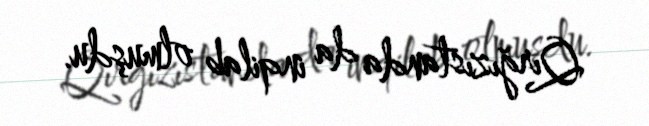
Qırğızıstanda da inqilab olmuşdu.